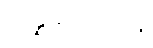
သန္နိဓိကတေန